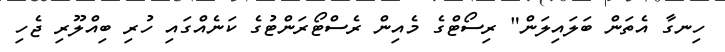
ހިނގާ އެތަން ބަލައިލަން" ރިސޯޓްގެ މެއިން ރެސްޓޯރަންޓުގެ ކަނެއްގައި ހުރި ބިއްލޫރި ޖެހި